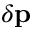
\delta \mathbf { p }